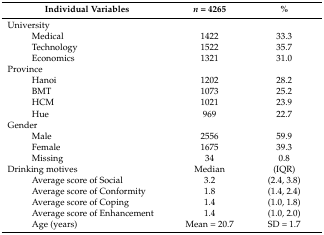
| <COLSPAN=2> Individual Variables | n = 4265 | % |
 | --- | --- | --- | --- |
 | <COLSPAN=2> University |  |  |
 |  | Medical | 1422 | 33.3 |
 |  | Technology | 1522 | 35.7 |
 |  | Economics | 1321 | 31.0 |
 | <COLSPAN=2> Province |  |  |
 |  | Hanoi | 1202 | 28.2 |
 |  | BMT | 1073 | 25.2 |
 |  | HCM | 1021 | 23.9 |
 |  | Hue | 969 | 22.7 |
 | <COLSPAN=2> Gender |  |  |
 |  | Male | 2556 | 59.9 |
 |  | Female | 1675 | 39.3 |
 |  | Missing | 34 | 0.8 |
 | <COLSPAN=2> Drinking motives | Median | (IQR) |
 |  | Average score of Social | 3.2 | (2.4, 3.8) |
 |  | Average score of Conformity | 1.8 | (1.4, 2.4) |
 |  | Average score of Coping | 1.4 | (1.0, 1.8) |
 |  | Average score of Enhancement | 1.4 | (1.0, 2.0) |
 |  | Age (years) | Mean = 20.7 | SD = 1.7 |